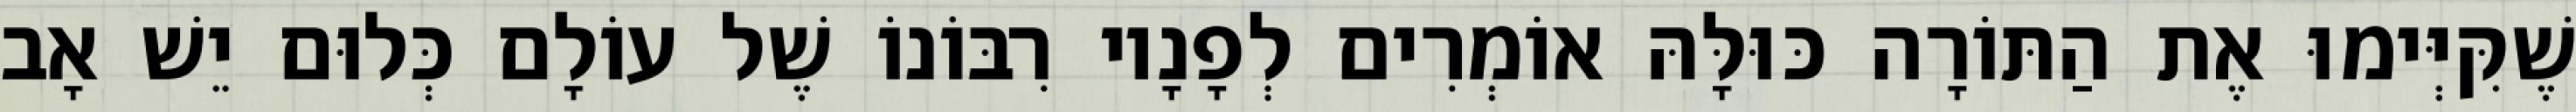
שֶׁקִּיְּימוּ אֶת הַתּוֹרָה כּוּלָּהּ אוֹמְרִים לְפָנָיו רִבּוֹנוֹ שֶׁל עוֹלָם כְּלוּם יֵשׁ אָב